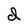
Character: d